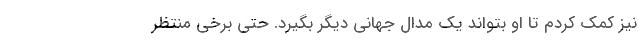
نیز کمک کردم تا او بتواند یک مدال جهانی دیگر بگیرد. حتی برخی منتظر